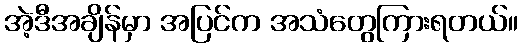
အဲ့ဒီအချိန်မှာ အပြင်က အသံတွေကြားရတယ်။